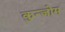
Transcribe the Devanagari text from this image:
कुन्जोम